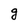
Character: g